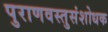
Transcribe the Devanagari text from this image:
पुराणवस्तुसंशोधक